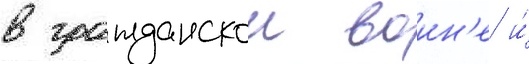
в гражданскои воин'е и́